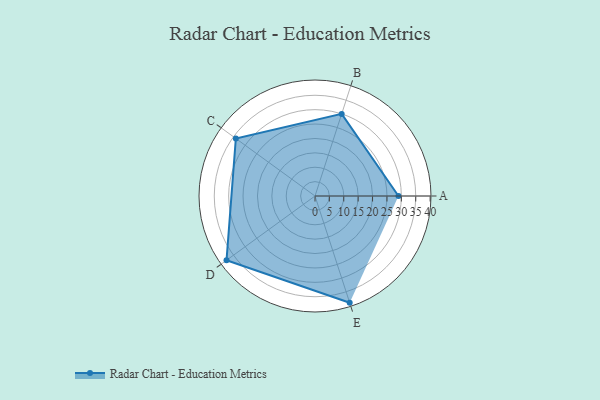
{"axis": {"x": "Skill", "y": "Score"}, "legend": ["Profile"], "data": [{"x": "A", "y": 29.0, "type": "Profile"}, {"x": "B", "y": 30.0, "type": "Profile"}, {"x": "C", "y": 34.0, "type": "Profile"}, {"x": "D", "y": 38.0, "type": "Profile"}, {"x": "E", "y": 39.0, "type": "Profile"}]}